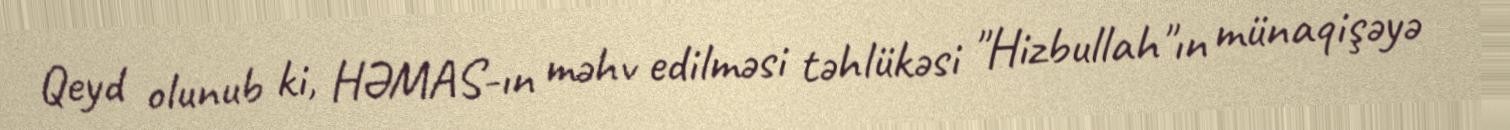
Qeyd olunub ki, HƏMAS-ın məhv edilməsi təhlükəsi "Hizbullah"ın münaqişəyə